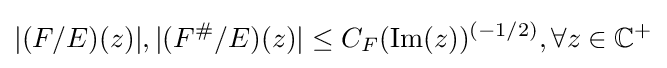
|(F/E)(z)|,|(F^{\#}/E)(z)|\leq C_{F}(\operatorname {Im} (z))^{(-1/2)},\forall z\in \mathbb {C} ^{+}